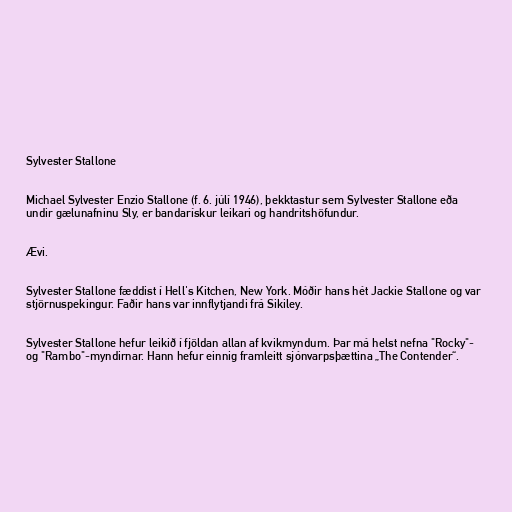
Sylvester Stallone

Michael Sylvester Enzio Stallone (f. 6. júlí 1946), þekktastur sem Sylvester Stallone eða
undir gælunafninu Sly, er bandarískur leikari og handritshöfundur.

Ævi.

Sylvester Stallone fæddist í Hell's Kitchen, New York. Móðir hans hét Jackie Stallone og var
stjörnuspekingur. Faðir hans var innflytjandi frá Sikiley.

Sylvester Stallone hefur leikið í fjöldan allan af kvikmyndum. Þar má helst nefna "Rocky"-
og "Rambo"-myndirnar. Hann hefur einnig framleitt sjónvarpsþættina „The Contender“.